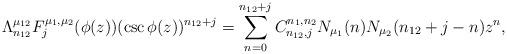
LaTeX: \begin{align*} \Lambda_{n_{12}}^{\mu_{12}} F_j^{\mu_1,\mu_2}(\phi(z))(\csc\phi(z))^{n_{12}+j} = \displaystyle\sum\limits_{n=0}^{n_{12}+j}C^{n_1, n_2}_{n_{12}, j} N_{\mu_1}(n)N_{\mu_2}(n_{12}+j-n)z^{n},\end{align*}